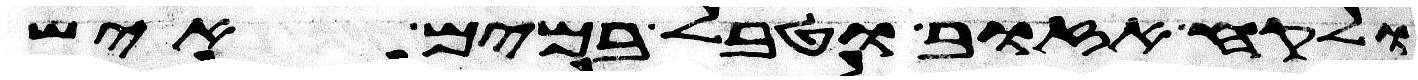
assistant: ולקח אזוב וטבל במים איש